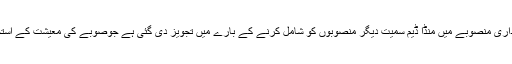
وفاقی حکومت کو پاک چین راہداری منصوبے میں منڈا ڈیم سمیت دیگر منصوبوں کو شامل کرنے کے بارے میں تجویز دی گئی ہے جوصوبے کی معیشت کے استحکام کے لئے مددگارثابت ہوگا۔